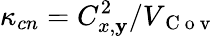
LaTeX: \kappa_{cn}=C_{x,\mathbf{y}}^{2}/V_{\mathrm{{~C~o~v~}}}